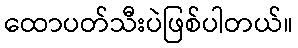
ထောပတ်သီးပဲဖြစ်ပါတယ်။